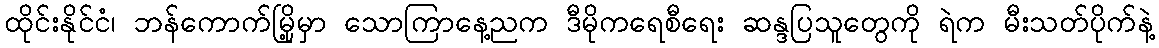
ထိုင်းနိုင်ငံ၊ ဘန်ကောက်မြို့မှာ သောကြာနေ့ညက ဒီမိုကရေစီရေး ဆန္ဒပြသူတွေကို ရဲက မီးသတ်ပိုက်နဲ့